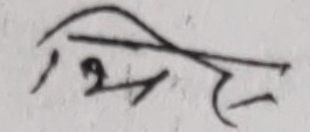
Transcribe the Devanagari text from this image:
शिभे